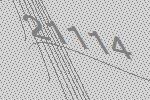
21114